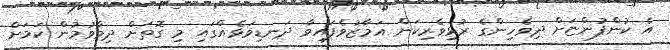
އެ ކުންފުންޏަށް ދިވެހިންގެ ރުޅިވެރިކަން އަމާޒުވެފައިވާ ދަނޑިވަޅެއްގައި މި ގޮތަށް ދިމާވުމުން ކަމަށް